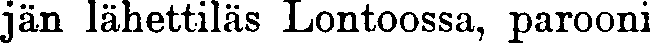
Hän lähettiläs Lontoossa, parooni